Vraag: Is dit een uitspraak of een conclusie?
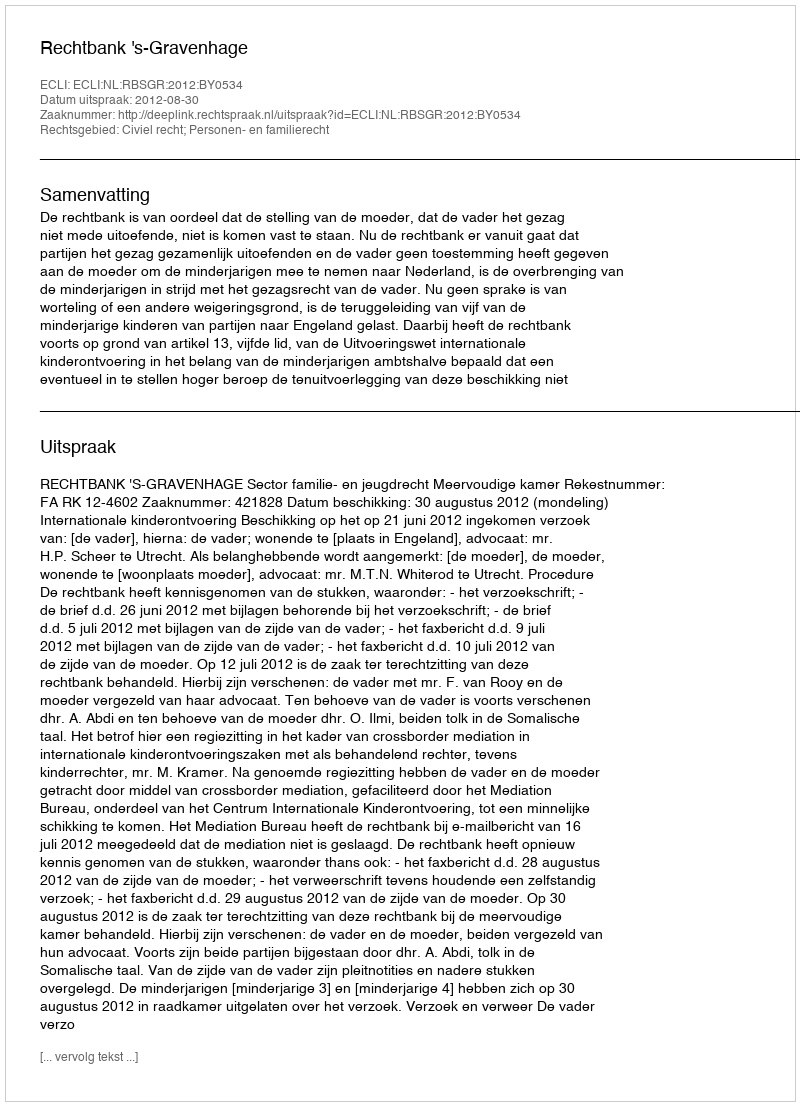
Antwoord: Uitspraak